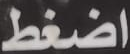
اضغط